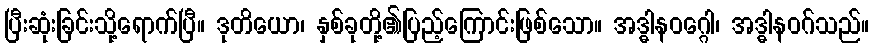
ပြီးဆုံးခြင်းသို့ရောက်ပြီ။ ဒုတိယော၊ နှစ်ခုတို့၏ပြည့်ကြောင်းဖြစ်သော။ အဒ္ဓါနဝဂ္ဂေါ၊ အဒ္ဓါနဝဂ်သည်။